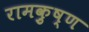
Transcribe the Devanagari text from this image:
रामकृुष्ण